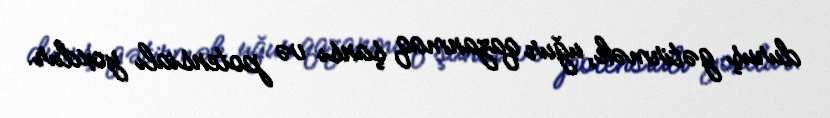
duruş gətirmək, uğur qazanmaq şansı və potensialı yoxdur.